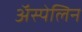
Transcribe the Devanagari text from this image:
अॅस्पेलिन